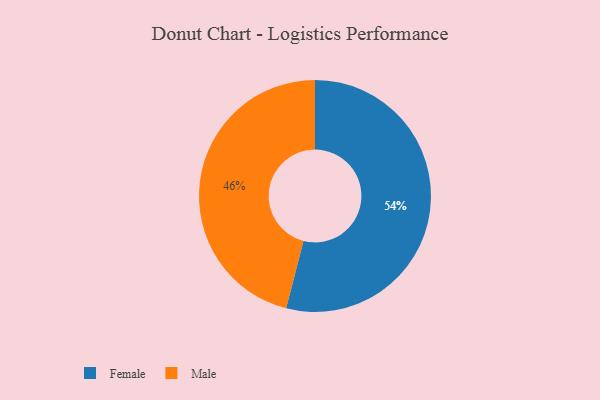
{"axis": {"x": "Category", "y": "Percentage"}, "legend": ["Female", "Male"], "data": [{"x": "Female", "y": 54, "type": "Female"}, {"x": "Male", "y": 46, "type": "Male"}]}